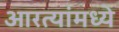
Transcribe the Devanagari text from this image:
आरत्यांमध्ये